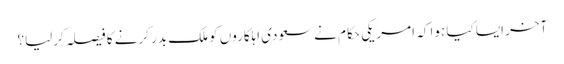
آخر ایسا کیا ہوا کہ امریکی حکام نےسعودی اہلکاروں کو ملک بدر کرنے کا فیصلہ کرلیا؟